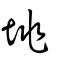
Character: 垗